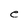
Character: e